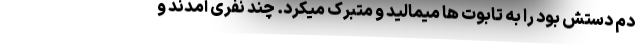
دم دستش بود را به تابوت ها میمالید و متبرک میکرد. چند نفری آمدند و